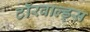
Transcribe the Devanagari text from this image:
टॉरवाल्ड्स